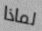
لماذا